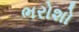
ભરોશો